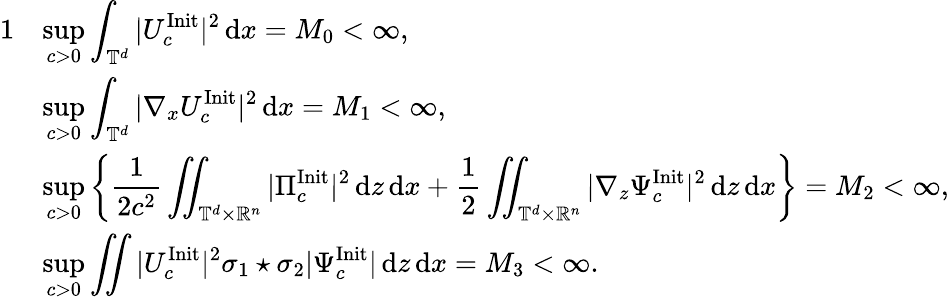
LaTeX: \begin{array}{rl}{{1}}&{\displaystyle\operatorname*{sup}_{c>0}\displaystyle\int_{\mathbb T^{d}}|U_{c}^{\mathrm{Init}}|^{2}\, {\mathrm{d}}x=M_{0}<\infty,}\\ &{\displaystyle\operatorname*{sup}_{c>0}\displaystyle\int_{\mathbb T^{d}}|\nabla_{x}U_{c}^{\mathrm{Init}}|^{2}\, {\mathrm{d}}x=M_{1}<\infty,}\\ &{\displaystyle\operatorname*{sup}_{c>0}\left\{ \displaystyle\frac 1{2c^{2}}\displaystyle\iint_{\mathbb T^{d}\times\mathbb R^{n}}|\Pi_{c}^{\mathrm{Init}}|^{2}\, {\mathrm{d}}z\, {\mathrm{d}}x+\displaystyle\frac 1{2}\displaystyle\iint_{\mathbb T^{d}\times\mathbb R^{n}}|\nabla_{z}\Psi_{c}^{\mathrm{Init}}|^{2}\, {\mathrm{d}}z\, {\mathrm{d}}x\right\} =M_{2}<\infty,}\\ &{\displaystyle\operatorname*{sup}_{c>0}\displaystyle\iint|U_{c}^{\mathrm{Init}}|^{2}\sigma_{1}\star\sigma_{2}|\Psi_{c}^{\mathrm{Init}}|\, {\mathrm{d}}z\, {\mathrm{d}}x=M_{3}<\infty.}\end{array}